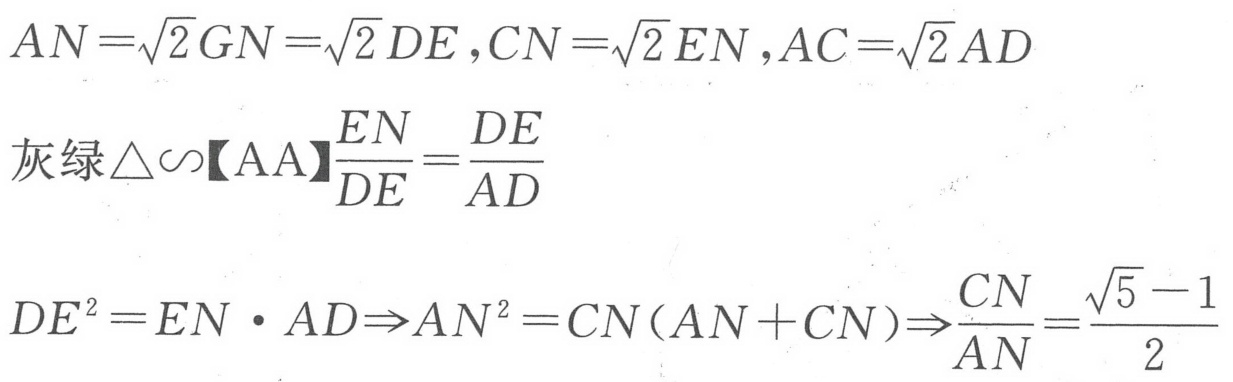
\[
\begin{align*}
AN&=\sqrt{2}GN=\sqrt{2}DE,CN = \sqrt{2}EN,AC=\sqrt{2}AD\\
\text{灰绿}\triangle\backsim\text{【AA】}&\frac{EN}{DE}=\frac{DE}{AD}\\
DE^{2}&=EN\cdot AD\Rightarrow AN^{2}=CN(AN + CN)\Rightarrow\frac{CN}{AN}=\frac{\sqrt{5}-1}{2}
\end{align*}
\]